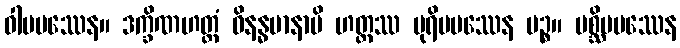
ဝါမပဿေန။ ဒက္ခိဏဟတ္ထံ ဝိနန္ဓမာနာပိ ဟတ္ထဿ ပုရိမပဿေန ပဉ္စ။ ပစ္ဆိမပဿေန